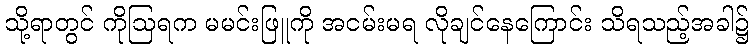
သို့ရာတွင် ကိုဩရက မမင်းဖြူကို အငမ်းမရ လိုချင်နေကြောင်း သိရသည့်အခါ၌